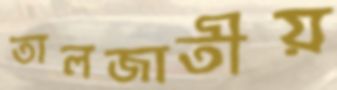
তালজাতীয়